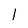
Character: 1